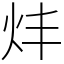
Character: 炐